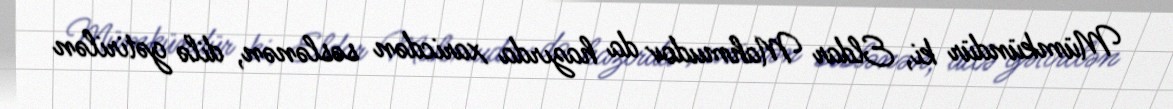
Mümkündür ki, Eldar Mahmudov da hazırda xaricdən səslənən, dilə gətirilən